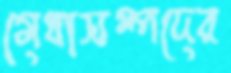
মেধাসম্পদের